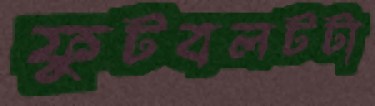
ফুটবলটটা